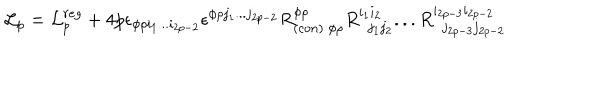
LaTeX: { \cal L } _ { p } = { \cal L } _ { p } ^ { r e g } + 4 p \epsilon _ { \phi \rho i _ { 1 } . . . i _ { 2 p - 2 } } \epsilon ^ { \phi \rho j _ { 1 } . . . j _ { 2 p - 2 } } R _ { ( c o n ) \ \phi \rho } ^ { \phi \rho } R _ { \ \ j _ { 1 } j _ { 2 } } ^ { i _ { 1 } i _ { 2 } } . . . R _ { \ \ j _ { 2 p - 3 } j _ { 2 p - 2 } } ^ { i _ { 2 p - 3 } i _ { 2 p - 2 } }